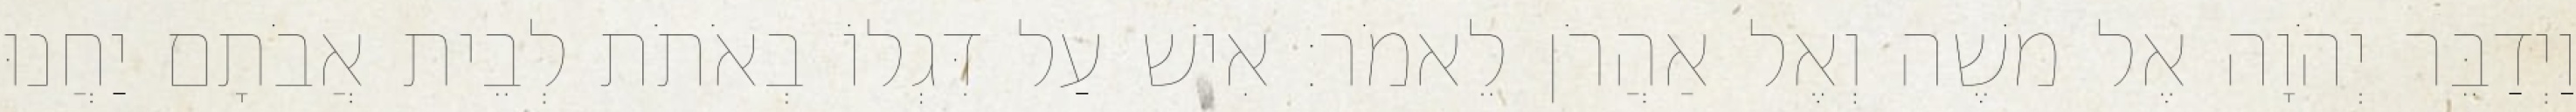
וַיְדַבֵּר יְהֹוָה אֶל משֶׁה וְאֶל אַהֲרֹן לֵאמֹר׃ אִישׁ עַל דִּגְלוֹ בְאֹתֹת לְבֵית אֲבֹתָם יַחֲנוּ